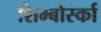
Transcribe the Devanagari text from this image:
शिम्बोर्स्का